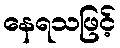
နေရသဖြင့်